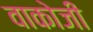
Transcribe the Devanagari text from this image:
वाकोजी